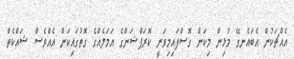
އެއްޗަކުން އެބައެނގޭ މުޅިން މިކަން ގޮސްފައިމިވަނީ ކޮރަޕްޝަންގެ އަމަލެއްގެ ގޮތުގައިކަން އެއްވެސް ޝައްކެތް